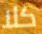
كلا